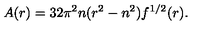
A ( r ) = 3 2 \pi ^ { 2 } n ( r ^ { 2 } - n ^ { 2 } ) f ^ { 1 / 2 } ( r ) .